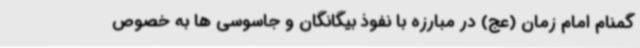
گمنام امام زمان (عج) در مبارزه با نفوذ بیگانگان و جاسوسی ها به خصوص